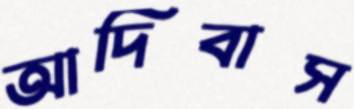
আদিবাস